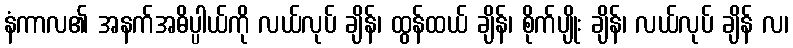
နံကာလ၏ အနက်အဓိပ္ပါယ်ကို လယ်လုပ် ချိန်၊ ထွန်ထယ် ချိန်၊ စိုက်ပျိုး ချိန်၊ လယ်လုပ် ချိန် လ၊